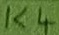
Text: K4